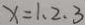
x = 1 、 2 、 3